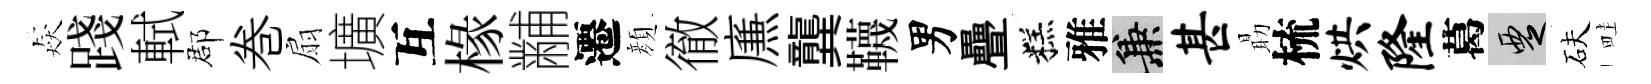
猋踐軾郡巻扇壙互椽黼遷顔徹㢘龔韈男疊糕雅兼甚朂梳烘隆葛覂砆畦